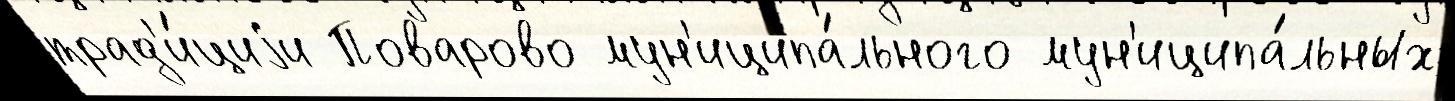
трад'и́циjи Поварово мун'иципа́льного мун'иципа́льных